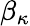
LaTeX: \beta_{\kappa}